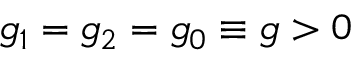
g _ { 1 } = g _ { 2 } = g _ { 0 } \equiv g > 0